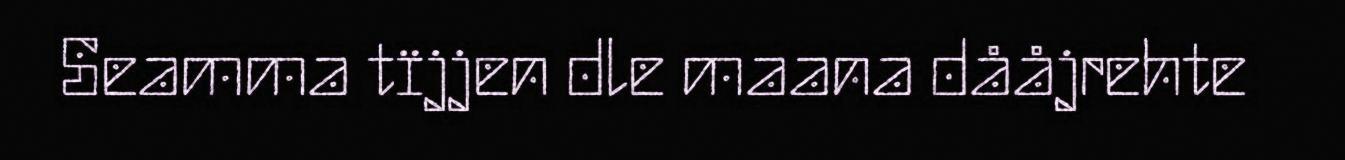
Seamma tïjjen dle maana dååjrehte